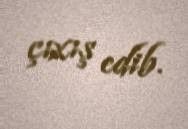
çıxış edib.